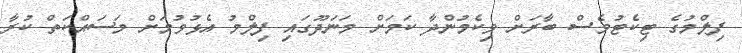
ފިލްމުގެ ޓިކެޓުވެސް ބާރަށް ވިކެމުންދާ ކަމަށް މަނަދޫގައި ފިލްމު އެޅުވުމަށް މަސައްކަތް ކުރާ